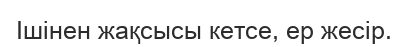
Ішінен жақсысы кетсе, ер жесір.